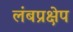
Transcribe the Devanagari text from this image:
लंबप्रक्षेप